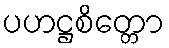
ပဟဋ္ဌစိတ္တော